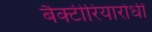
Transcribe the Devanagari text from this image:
बैक्टीरियारोधी